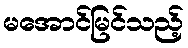
မအောင်မြင်သည့်